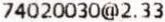
74020030@2.33